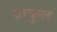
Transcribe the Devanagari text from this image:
प्रांकुल